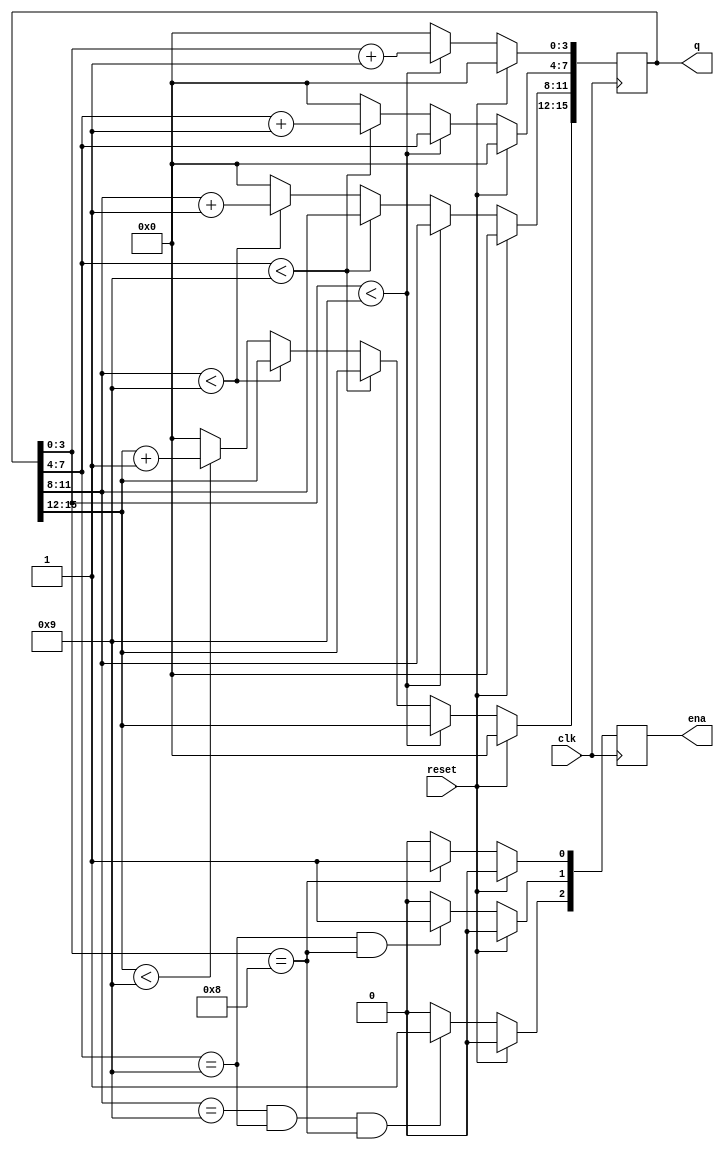
module top_module (
    input clk,
    input reset,   // Synchronous active-high reset
    output [3:1] ena,
    output [15:0] q);


always@(posedge clk)
begin
	if( reset )
	begin
		q <= 16'd0;
		ena[3:1] <= 0;
	end
	else
	begin
		if( q[3:0] < 4'b1001 )
			q[3:0] <= q[3:0] + 1'd1;
		else 
		begin
			q[3:0] <=0;	
			if( q[7:4] < 4'b1001 )
				q[7:4] <= q[7:4] + 1'd1;
			else
			begin
				q[7:4] <= 0;
				if( q[11:8] < 4'b1001 )
					q[11:8] <= q[11:8] + 1'd1;
				else
				begin
					q[11:8] <= 0;
					if( q[15:12] < 4'b1001 )
						q[15:12] <= q[15:12] + 1'd1;
					else
					begin
						q[15:12] <= 0;
					end
				end
			end
		end
			
		if( q[3:0] == 4'b1000 )
			ena[1] <= 1;
		else
			ena[1] <= 0;
		if( q[7:4] == 4'b1001 && q[3:0] == 4'b1000 )
			ena[2] <= 1;
		else
			ena[2] <= 0;
		if( q[11:8] == 4'b1001 && q[7:4] == 4'b1001 && q[3:0] == 4'b1000 )
			ena[3] <= 1;
		else
			ena[3] <= 0;
	end
end

endmodule